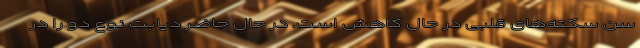
سن سکته‌های قلبی در حال کاهش است. در حال حاضر دیابت نوع دو را در